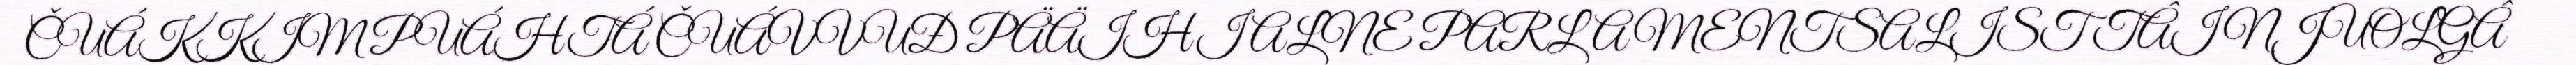
ČUÁKKIM PUÁHTÁ ČUÁVVUĐ PÄÄIHI ALNE PARLAMENTSALIST TÂI NJUOLGÂ